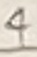
Text: 4